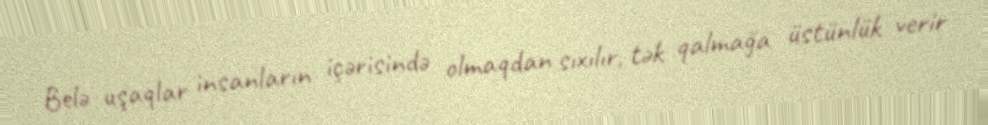
Belə uşaqlar insanların içərisində olmaqdan sıxılır, tək qalmağa üstünlük verir